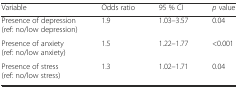
<table><thead><tr><td><b>Variable</b></td><td><b>Odds ratio</b></td><td><b>95 % CI</b></td><td><b><i>p</i> value</b></td></tr></thead><tbody><tr><td>Presence of depression (ref: no/low depression)</td><td>1.9</td><td>1.03–3.57</td><td>0.04</td></tr><tr><td>Presence of anxiety (ref: no/low anxiety)</td><td>1.5</td><td>1.22–1.77</td><td>&lt;0.001</td></tr><tr><td>Presence of stress (ref: no/low stress)</td><td>1.3</td><td>1.02–1.71</td><td>0.04</td></tr></tbody></table>